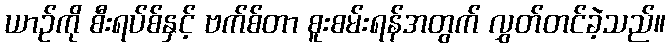
ယာဉ်ကို စီးရပ်စ်နှင့် ဗက်စ်တာ စူးစမ်းရန်အတွက် လွှတ်တင်ခဲ့သည်။